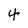
Character: 4